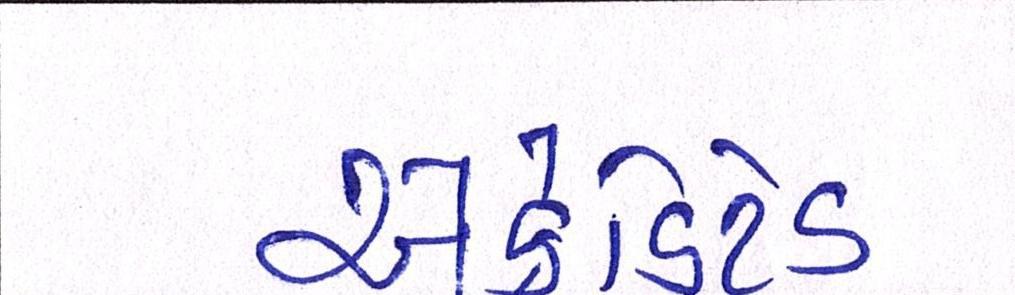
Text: એક્રેડિટેડ